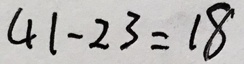
4 1 - 2 3 = 1 8